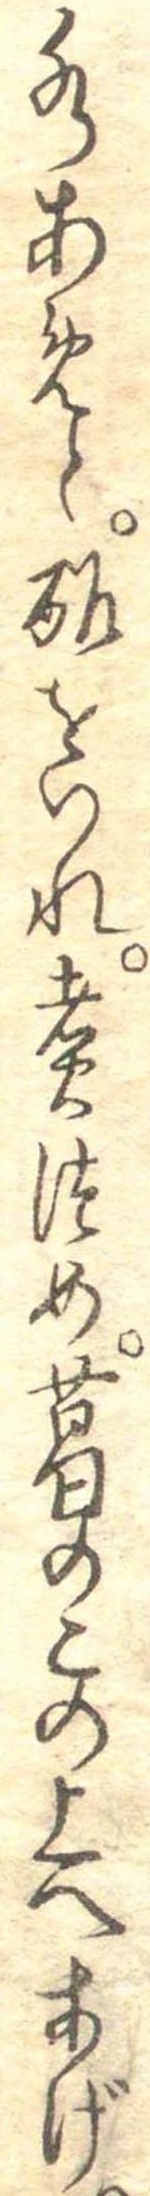
水あめと酢をいれ煮つめ葛のこの上へあげ